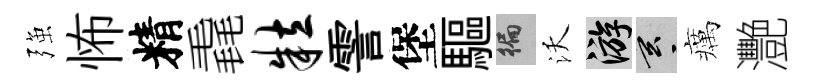
强怖精毳粒霅堡驅徧沃游玄癘灧